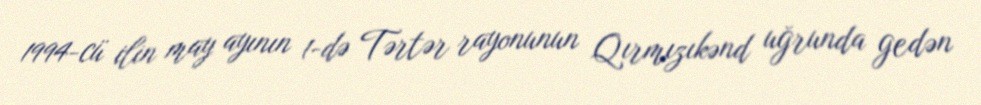
1994-cü ilin may ayının 1-də Tərtər rayonunun Qırmızıkənd uğrunda gedən